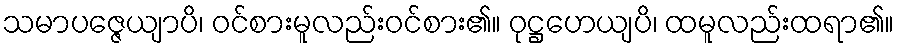
သမာပဇ္ဇေယျာပိ၊ ဝင်စားမူလည်းဝင်စား၏။ ဝုဋ္ဌဟေယျပိ၊ ထမူလည်းထရာ၏။